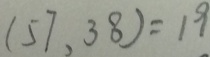
( 5 7 , 3 8 ) = 1 9